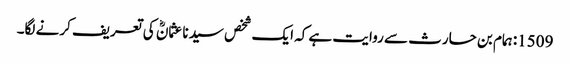
1509: ہمام بن حارث سے روایت ہے کہ ایک شخص سیدنا عثمانؓ کی تعریف کرنے لگا۔